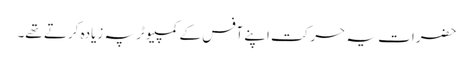
حضرات یہ حرکت اپنے آفس کے کمپیوٹر پہ زیادہ کرتے تھے۔